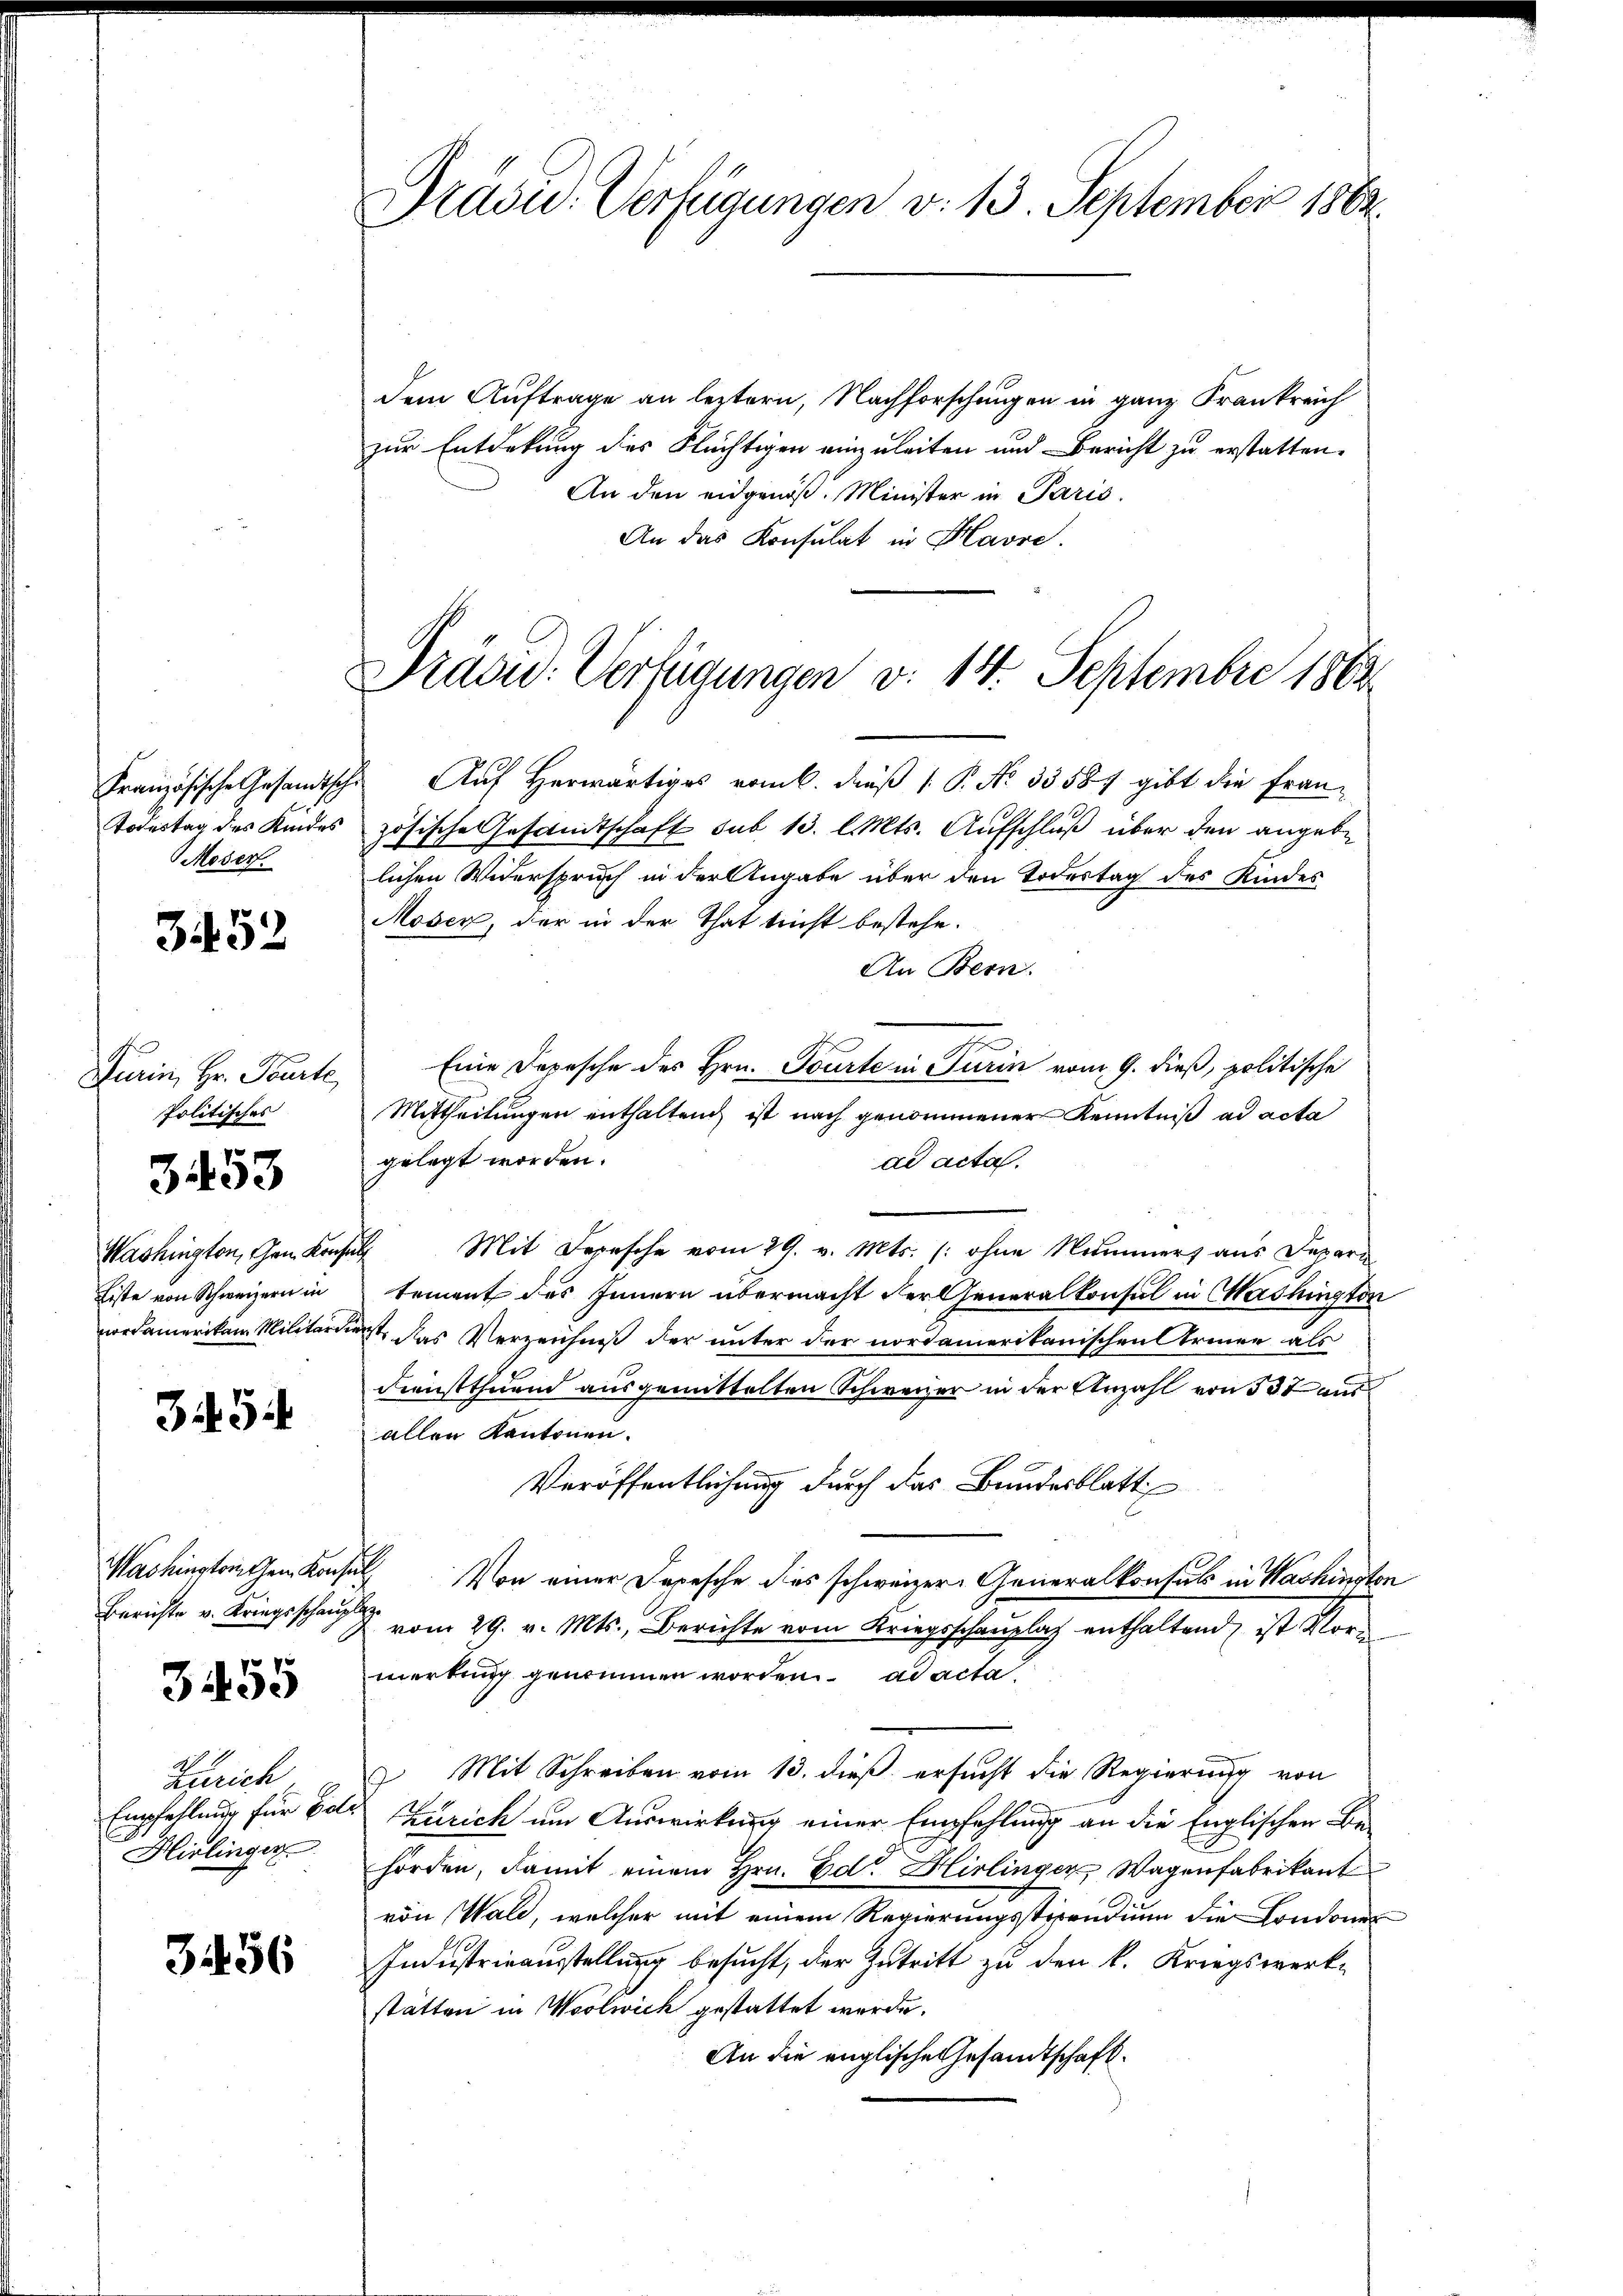
Todestag des Kindes
Moser.

3452

Turin, Hr. Pourte
Politisches
Washington, Gem. Konsen.
Eiste von Schweizern in
vordamerikan. Militärde

3453

3454

Berichte v. Kriegsschauplaz

34455

Ziberich
Empfehlung für Eide
Hirlinger

3456

Pradu. Verfügungen v. 13. September 1863.

Präsu: Verfügungen v. 14. September 1862

dem Auftrage an leztern, Nachforschungen in ganz Frankreich
zur Entdekung des Flüchtigen einzuleiten und Bericht zu erstatten.
An den eidgenöß. Minister in Paris.
An das Konsulat in Havre.
Französische Gesandtsche Auf herwärtiges vom k. dieß 1 P. No 33587 gibt die Französische Gesandtschaft sub 13. l. Mts. Aufschluß über den angebe
lichen Widerspruch in der Angabe über den Todestag des Kindes
Moser, der in der That nicht bestehe.
An Bern.
Eine Depesche des Hrn. Tourte in Turin vom 9. dieß, politische
Mittheilungen enthaltend, ist nach genommener Kenntniß ad acta
gelegt worden.
ad acta.
 Mit Depesche vom 29. v. Mts. (: ohne Nummers aus Depari
tement des Innern übermacht der Generalkonsul in Washington
iest, das Verzeichniß der unter der nordamerikanischen Armee als
Dienstthuen ausgemittelten Schweizer in der Anzahl von 337 aus
allen Kantonen.
Veröffentlichung durch das Bundesblatt
Washinstochen Konsul Von einer Depesche dies schweizer Generalkonsuls in Washinste
& vom 29. v. Mts., Berichte vom Kriegsschaŭplaz enthaltend, ist vor
merkung genommen worden. ad acta
 Mit Schreiben vom 13. dieß ersucht die Regierung von
Kzurich um Auswirkung einer Empfehlung an die Englischen Be-
hörden, damit einem Hrn. Ed. Birlinger Wagenfabrikant
von Wald, welcher mit einem Regierungsstipendium die Londoner
Industrieausstellung besucht, der Zutritt zu den k. Kriegswerk-
stätten in Woolwich gestattet werde.
An die englische Gesandtschaft.